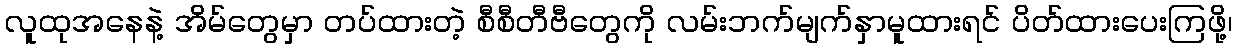
လူထုအနေနဲ့ အိမ်တွေမှာ တပ်ထားတဲ့ စီစီတီဗီတွေကို လမ်းဘက်မျက်နှာမူထားရင် ပိတ်ထားပေးကြဖို့၊